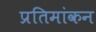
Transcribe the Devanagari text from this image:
प्रतिमांकन